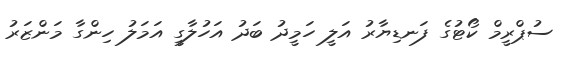
ސުޕްރީމް ކޯޓުގެ ފަނޑިޔާރު އަލީ ހަމީދު ބަދު އަހުލާގީ އަމަލު ހިންގާ މަންޒަރު